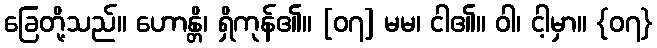
ခြေတို့သည်။ ဟောန္တိ၊ ရှိကုန်၏။ [၀၇] မမ၊ ငါ၏။ ဝါ၊ ငါ့မှာ။ {၀၇}